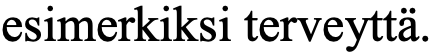
esimerkiksi terveyttä.